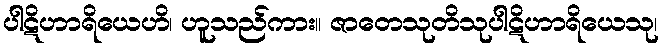
ပါဋိဟာရိယေဟိ၊ ဟူသည်ကား။ ဇာတေသုတိသုပါဋိဟာရိယေသု၊